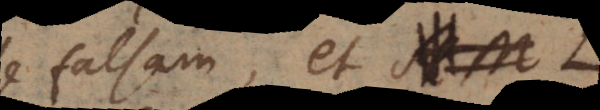
esse falsam, et L